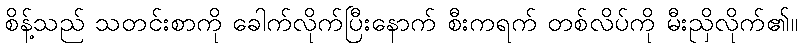
စိန့်သည် သတင်းစာကို ခေါက်လိုက်ပြီးနောက် စီးကရက် တစ်လိပ်ကို မီးညှိလိုက်၏။